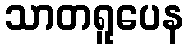
သာတရူပေန